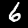
Digit: 6